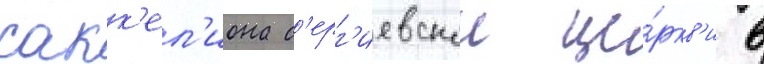
сакк'ел'иона с'ерг'иевскои це́ркв'и в